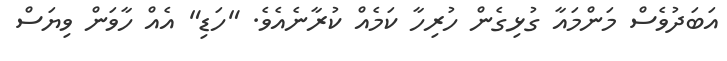
އަބަދުވެސް މަންމައާ ގުޅިގެން ހުރިހާ ކަމެއް ކުރާނެއެވެ. "ހަޑި" އެއް ހާވަން ވިޔަސް